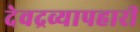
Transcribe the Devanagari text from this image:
देवद्रव्यापहारी